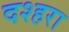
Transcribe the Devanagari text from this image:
दश्हरा